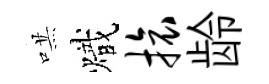
哄熾旅龄